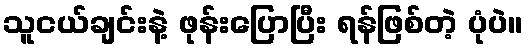
သူငယ်ချင်းနဲ့ ဖုန်းပြောပြီး ရန်ဖြစ်တဲ့ ပုံပဲ။